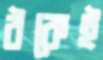
ঠকেই